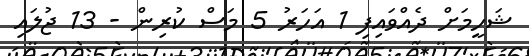
ޝަހީމަށް ދެއްވައިފި 1 އަހަރު 5 މަސް ކުރިން - 13 ޖުލައި